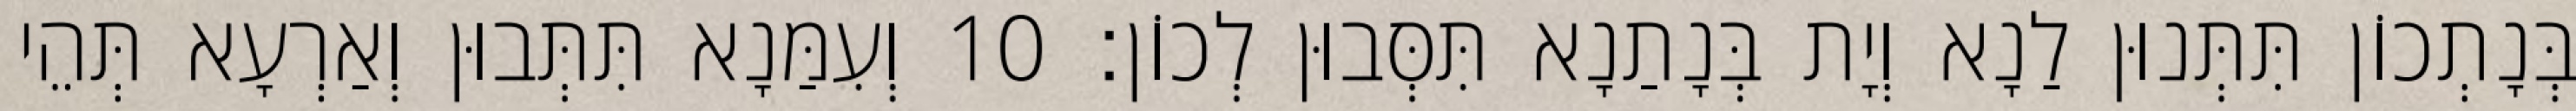
בְּנָתְכוֹן תִּתְּנוּן לַנָא וְיָת בְּנָתַנָא תִּסְּבוּן לְכוֹן׃ 10 וְעִמַּנָא תִּתְּבוּן וְאַרְעָא תְּהֵי